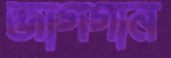
জাগগান